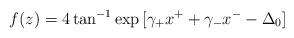
LaTeX: \begin{align*}f(z) = 4 \tan^{-1} \exp{[\gamma_+ x^+ +\gamma_- x^- -\Delta_0]} \end{align*}